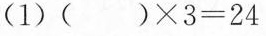
(1)$$( ) × 3 = 2 4$$